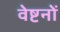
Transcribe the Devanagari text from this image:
वेष्टनों